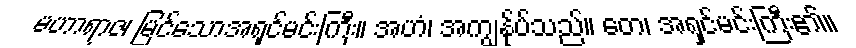
မဟာရာဇ၊ မြင်သောအရှင်မင်းကြီး။ အဟံ၊ အကျွန်ုပ်သည်။ တေ၊ အရှင်မင်းကြီး၏။